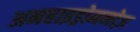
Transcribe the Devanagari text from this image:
अनहाइड्रोमनोज़